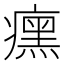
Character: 𬏼